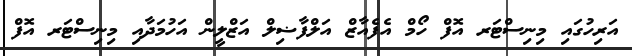
އަރިހުގައި މިނިސްޓަރ އޮފް ހޯމް އެފެއާޒް އަލްފާޟިލް އަޒްލީން އަހުމަދާއި މިނިސްޓަރ އޮފް